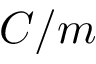
C / m